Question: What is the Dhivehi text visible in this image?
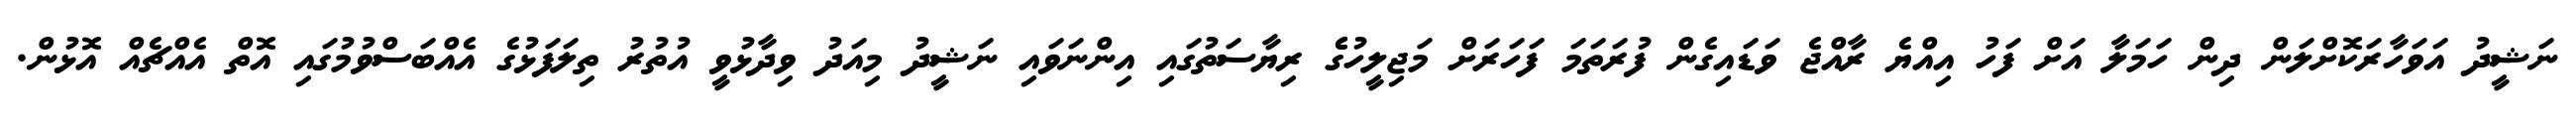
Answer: ނަޝީދު އަވަހާރަކޮށްލަން ދިން ހަމަލާ އަށް ފަހު އިއްޔެ ރާއްޖެ ވަޑައިގެން ފުރަތަމަ ފަހަރަށް މަޖިލީހުގެެ ރިޔާސަތުގައި އިންނަވައި ނަޝީދު މިއަދު ވިދާޅުވީ އުތުރު ތިލަފަޅުގެ އެއްބަސްވުމުގައި އޮތް އެއްޗެއް އޮޅުން.